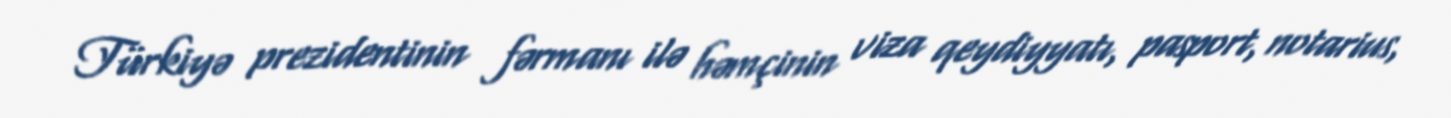
Türkiyə prezidentinin fərmanı ilə həmçinin viza qeydiyyatı, pasport, notarius,